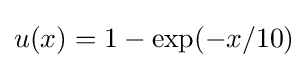
u(x)=1-\exp(-x/10)